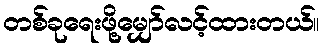
တစ်ခုရေးဖို့မျှော်လင့်ထားတယ်။